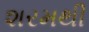
શરમથી